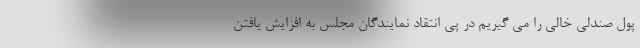
پول صندلی خالی را می گیریم در پی انتقاد نمایندگان مجلس به افزایش یافتن